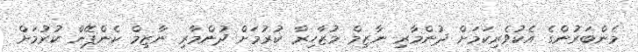
މެންބަރުންގެ އެކުވެރިކަމަށް ދުންމާރި ނާޒިމް މުޒާހިރާ ކުރުމަށް ދުންމާރި ނާޒިމް ކެންޕޭން ކުރުމަށް